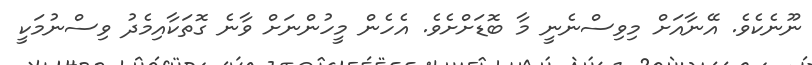
ނޫނެކެވެ. އޭނާއަށް މިވިސްނެނީ މާ ބޮޑަށްށެވެ. އެހެން މީހުންނަށް ވާނެ ގޮތަކާއިމެދު ވިސްނުމަކީ